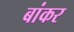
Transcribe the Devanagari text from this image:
बांकर